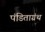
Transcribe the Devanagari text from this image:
पंडिताग्रंथ